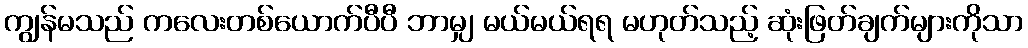
ကျွန်မသည် ကလေးတစ်ယောက်ပီပီ ဘာမျှ မယ်မယ်ရရ မဟုတ်သည့် ဆုံးဖြတ်ချက်များကိုသာ